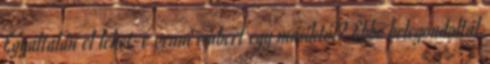
Egyáltalán el lehet-e venni embert egy másiktól? Ebbe belegondoltál